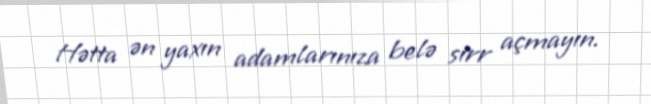
Hətta ən yaxın adamlarınıza belə sirr açmayın.